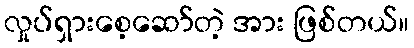
လှုပ်ရှားစေ့ဆော်တဲ့ အား ဖြစ်တယ်။